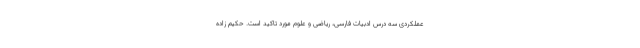
عملکردی سه درس ادبیات فارسی، ریاضی و علوم مورد تاکید است. حکیم زاده